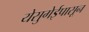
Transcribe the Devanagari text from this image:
येसुगेईपासून